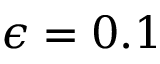
\epsilon = 0 . 1